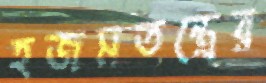
হজমতন্ত্রের